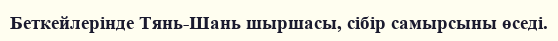
Беткейлерінде Тянь-Шань шыршасы, сібір самырсыны өседі.